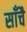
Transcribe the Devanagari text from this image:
साँचै